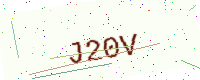
Text: J20V